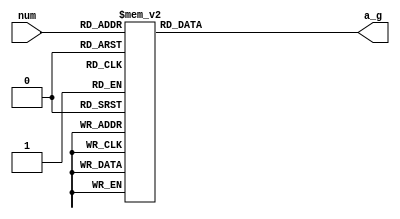
`timescale 1ns / 1ps
//////////////////////////////////////////////////////////////////////////////////
// Company: 
// Engineer: 
// 
// Design Name: 
// Module Name: seg_dec
// Project Name: 
// Target Devices: 
// Tool Versions: 
// Description: 
// 
// Dependencies: 
// 
// Revision:
// Revision 0.01 - File Created
// Additional Comments:
// 
//////////////////////////////////////////////////////////////////////////////////


module seg_dec(
input [3:0] num,
output reg [6:0] a_g
);

always@(num)begin
	case(num)
    4'd0:begin a_g<=7'b111_1110;end
    4'd1:begin a_g<=7'b011_0000;end
    4'd2:begin a_g<=7'b110_1101;end
    4'd3:begin a_g<=7'b111_1100;end
    4'd4:begin a_g<=7'b011_0011;end
    4'd5:begin a_g<=7'b101_1011;end
    4'd6:begin a_g<=7'b101_1111;end
    4'd7:begin a_g<=7'b111_0000;end
    4'd8:begin a_g<=7'b111_1111;end
    4'd9:begin a_g<=7'b111_1011;end
    default:begin a_g<=7'b000_0001;end//num0-9default
    endcase
	 
end

endmodule